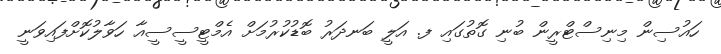
ހައުސިން މިނިސްޓްރީން ބުނި ގޮތުގައި ފ. އަލީ ބަނދަރު ބޮޑުކުރުމަށް އެމްޓީސީސީއާ ހަވާލުކޮށްފައިވަނީ